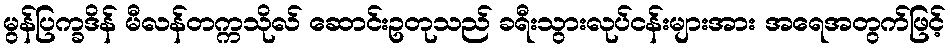
မွန်ပြက္ခဒိန် မီလန်တက္ကသိုလ် ဆောင်းဥတုသည် ခရီးသွားလုပ်ငန်းများအား အရေအတွက်ဖြင့်